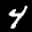
Digit: 4